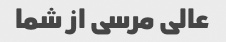
عالی مرسی از شما